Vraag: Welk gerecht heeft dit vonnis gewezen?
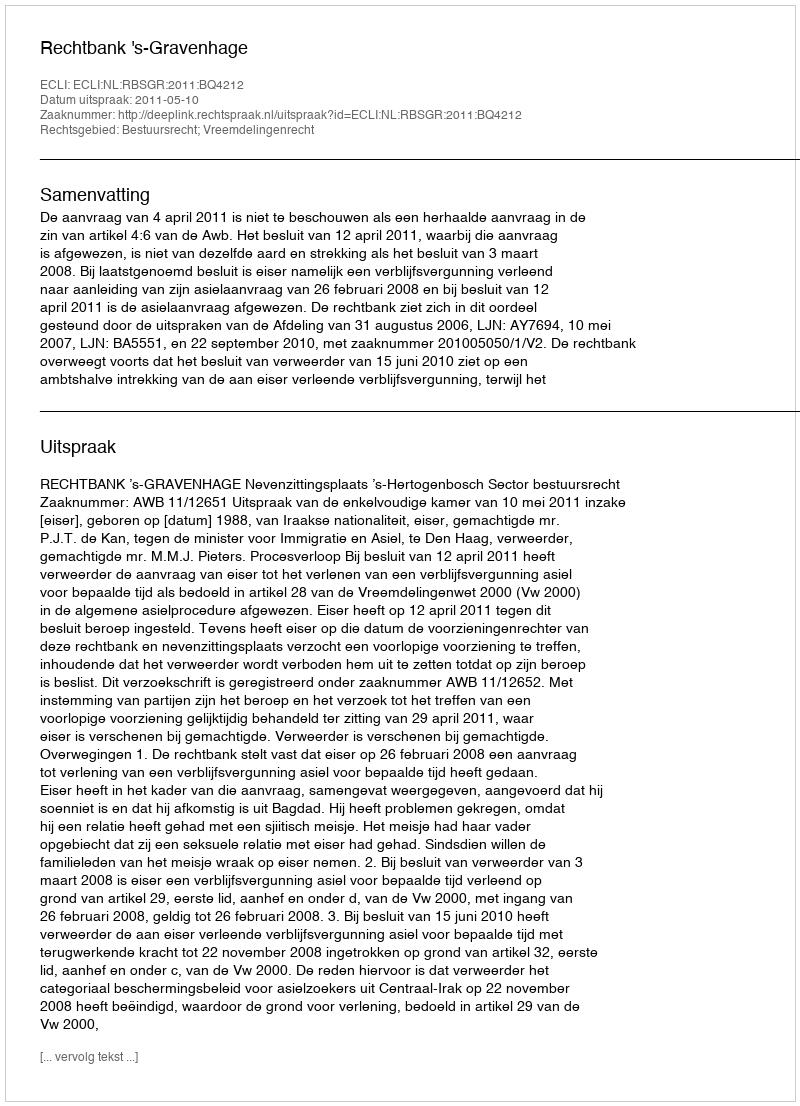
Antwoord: Rechtbank 's-Gravenhage